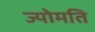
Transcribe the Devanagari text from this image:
ज्योमति